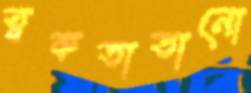
ত্বকতাতানো